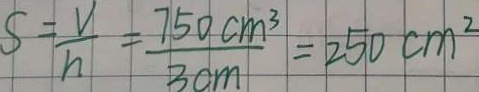
S = \frac { V } { h } = \frac { 7 5 0 c m ^ { 3 } } { 3 c m } = 2 5 0 c m ^ { 2 }